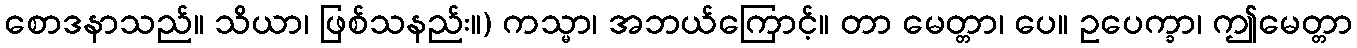
စောဒနာသည်။ သိယာ၊ ဖြစ်သနည်း။) ကသ္မာ၊ အဘယ်ကြောင့်။ တာ မေတ္တာ၊ ပေ။ ဥပေက္ခာ၊ ဤမေတ္တာ